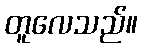
တူလေသည်။